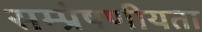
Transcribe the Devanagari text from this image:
सम्‍प्रेषणीयता